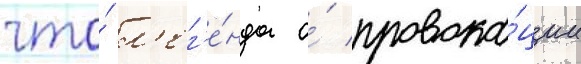
что́ л'ег'е́нда о́ провока́ции